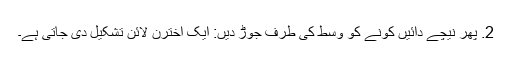
2. پھر نیچے دائیں کونے کو وسط کی طرف جوڑ دیں: ایک اخترن لائن تشکیل دی جاتی ہے۔